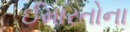
ઈમારતોના